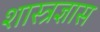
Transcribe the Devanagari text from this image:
शास्त्रज्ञास